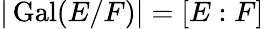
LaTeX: |\operatorname{Gal}(E/F)|=[E:F]